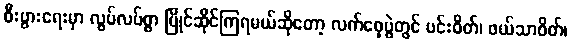
စီးပွားရေးမှာ လွပ်လပ်စွာ ပြိုင်ဆိုင်ကြရမယ်ဆိုတော့ လက်ဝှေ့ပွဲတွင် ပင်းဝိတ်၊ ဖယ်သာဝိတ်၊